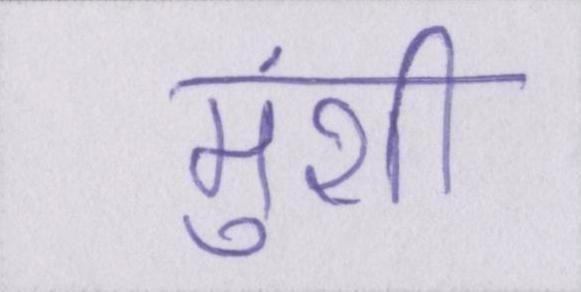
मुंशी